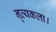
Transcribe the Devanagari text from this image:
नृत्‍यकला।